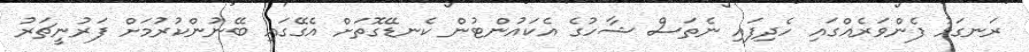
ރަނގަޅު ފެންވަރެއްގައި ހެދިފައި ނެތަސް ޝާހުގެ އެކައުންޓުން ކެނޑޭގޮތަށް އެގޭގައި ބޭނުންކުރުމަށް ފަރުނީޗަރު